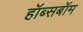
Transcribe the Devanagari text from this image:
हॉब्सबॉम